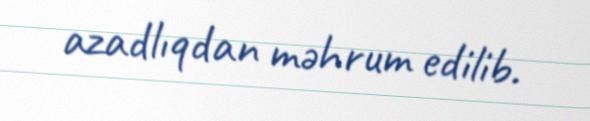
azadlıqdan məhrum edilib.